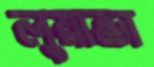
লুয়ান্ডা